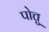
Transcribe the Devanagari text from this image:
पोत्तु